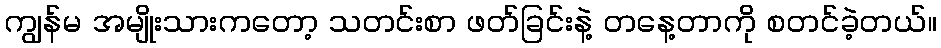
ကျွန်မ အမျိုးသားကတော့ သတင်းစာ ဖတ်ခြင်းနဲ့ တနေ့တာကို စတင်ခဲ့တယ်။